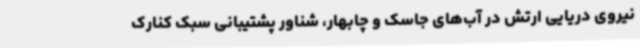
نیروی دریایی ارتش در آب‌های جاسک و چابهار، شناور پشتیبانی سبک کنارک